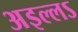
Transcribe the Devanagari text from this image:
अइल्लऽ